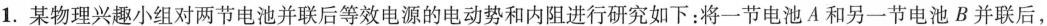
1.某物理兴趣小组对两节电池并联后等效电源的电动势和内阻进行研究如下：将一节电池A和另一节电池B并联后，